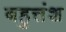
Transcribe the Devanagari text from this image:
बहुत्तंश